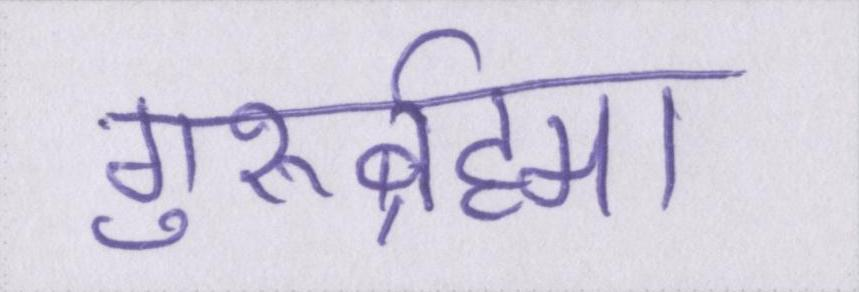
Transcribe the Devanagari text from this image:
गुरुर्ब्रह्मा